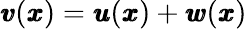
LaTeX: {\pmb v}({\pmb x})={\pmb u}({\pmb x})+{\pmb w}({\pmb x})